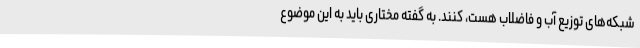
شبکه‌های توزیع آب و فاضلاب هست، کنند. به گفته مختاری باید به این موضوع